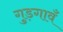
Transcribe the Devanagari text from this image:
गुड़गावँ